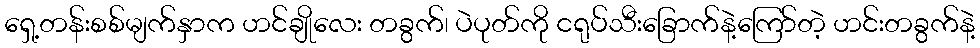
ရှေ့တန်းစစ်မျက်နှာက ဟင်ချိုလေး တခွက်၊ ပဲပုတ်ကို ငရုပ်သီးခြောက်နဲ့ကြော်တဲ့ ဟင်းတခွက်နဲ့